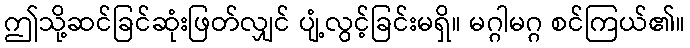
ဤသို့ဆင်ခြင်ဆုံးဖြတ်လျှင် ပျံ့လွင့်ခြင်းမရှိ။ မဂ္ဂါမဂ္ဂ စင်ကြယ်၏။